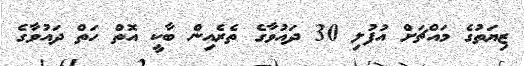
ޒިޔަތުގެ މައްޗަށް އުފުލި 30 ދައުވާގެ ތެރެއިން ބާކީ އޮތް ހަތް ދައުވާގެ